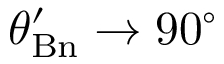
\theta _ { \mathrm { B n } } ^ { \prime } \rightarrow 9 0 ^ { \circ }